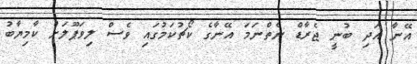
އޭނާ އަދި ބުނީ ޖެރާޑް ނެތްނަމަ އޭނާގެ ކޯޗުކަމުގައި ވެސް ލިވަޕޫލަށް ކާމިޔާބު